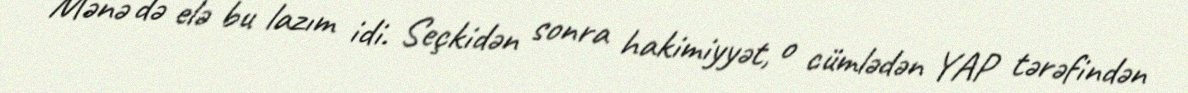
Mənə də elə bu lazım idi. Seçkidən sonra hakimiyyət, o cümlədən YAP tərəfindən